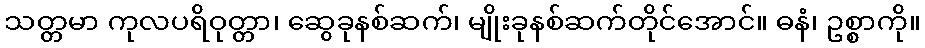
သတ္တမာ ကုလပရိဝုတ္တာ၊ ဆွေခုနစ်ဆက်၊ မျိုးခုနစ်ဆက်တိုင်အောင်။ ဓနံ၊ ဥစ္စာကို။